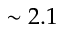
\sim 2 . 1